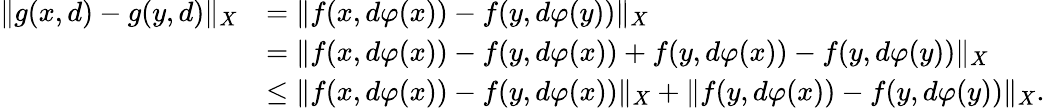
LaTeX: \begin{array}{rl}{\| g(x,d)-g(y,d)\| _{X}}&{=\| f(x,d\varphi(x))-f(y,d\varphi(y))\| _{X}}\\ &{=\| f(x,d\varphi(x))-f(y,d\varphi(x))+f(y,d\varphi(x))-f(y,d\varphi(y))\| _{X}}\\ &{\leq\| f(x,d\varphi(x))-f(y,d\varphi(x))\| _{X}+\| f(y,d\varphi(x))-f(y,d\varphi(y))\| _{X}.}\end{array}